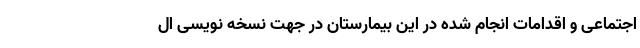
اجتماعی و اقدامات انجام شده در این بیمارستان در جهت نسخه نویسی ال